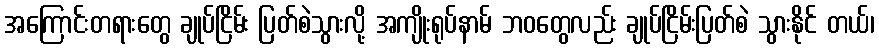
အကြောင်းတရားတွေ ချုပ်ငြိမ်း ပြတ်စဲသွားလို့ အကျိုးရုပ်နာမ် ဘဝတွေလည်း ချုပ်ငြိမ်းပြတ်စဲ သွားနိုင် တယ်၊